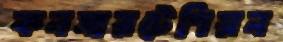
কনসারটেশিয়ন